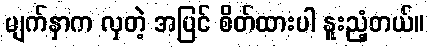
မျက်နှာက လှတဲ့ အပြင် စိတ်ထားပါ နူးညံ့တယ်။